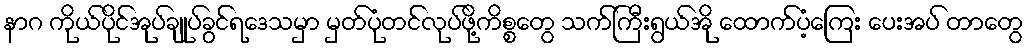
နာဂ ကိုယ်ပိုင်အုပ်ချုပ်ခွင်ရဒေသမှာ မှတ်ပုံတင်လုပ်ဖို့ကိစ္စတွေ သက်ကြီးရွယ်အို ထောက်ပံ့ကြေး ပေးအပ် တာတွေ